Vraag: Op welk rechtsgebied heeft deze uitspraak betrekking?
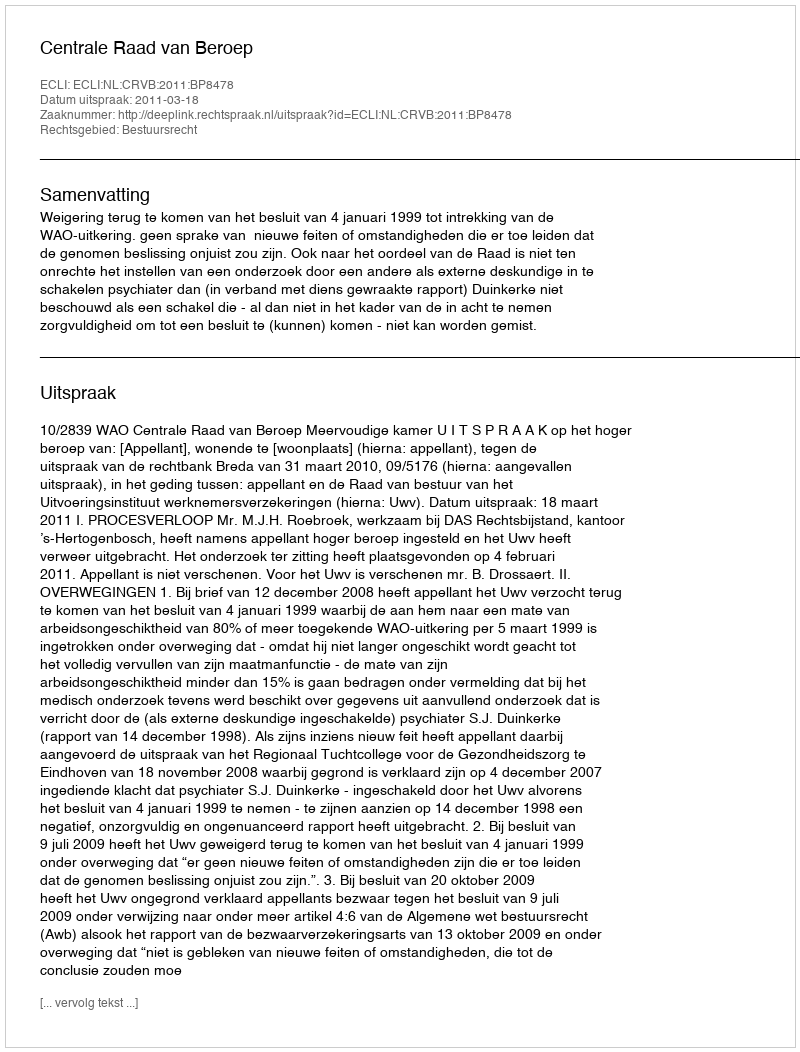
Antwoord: Bestuursrecht